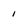
Character: 1